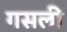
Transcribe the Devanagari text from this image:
गसली